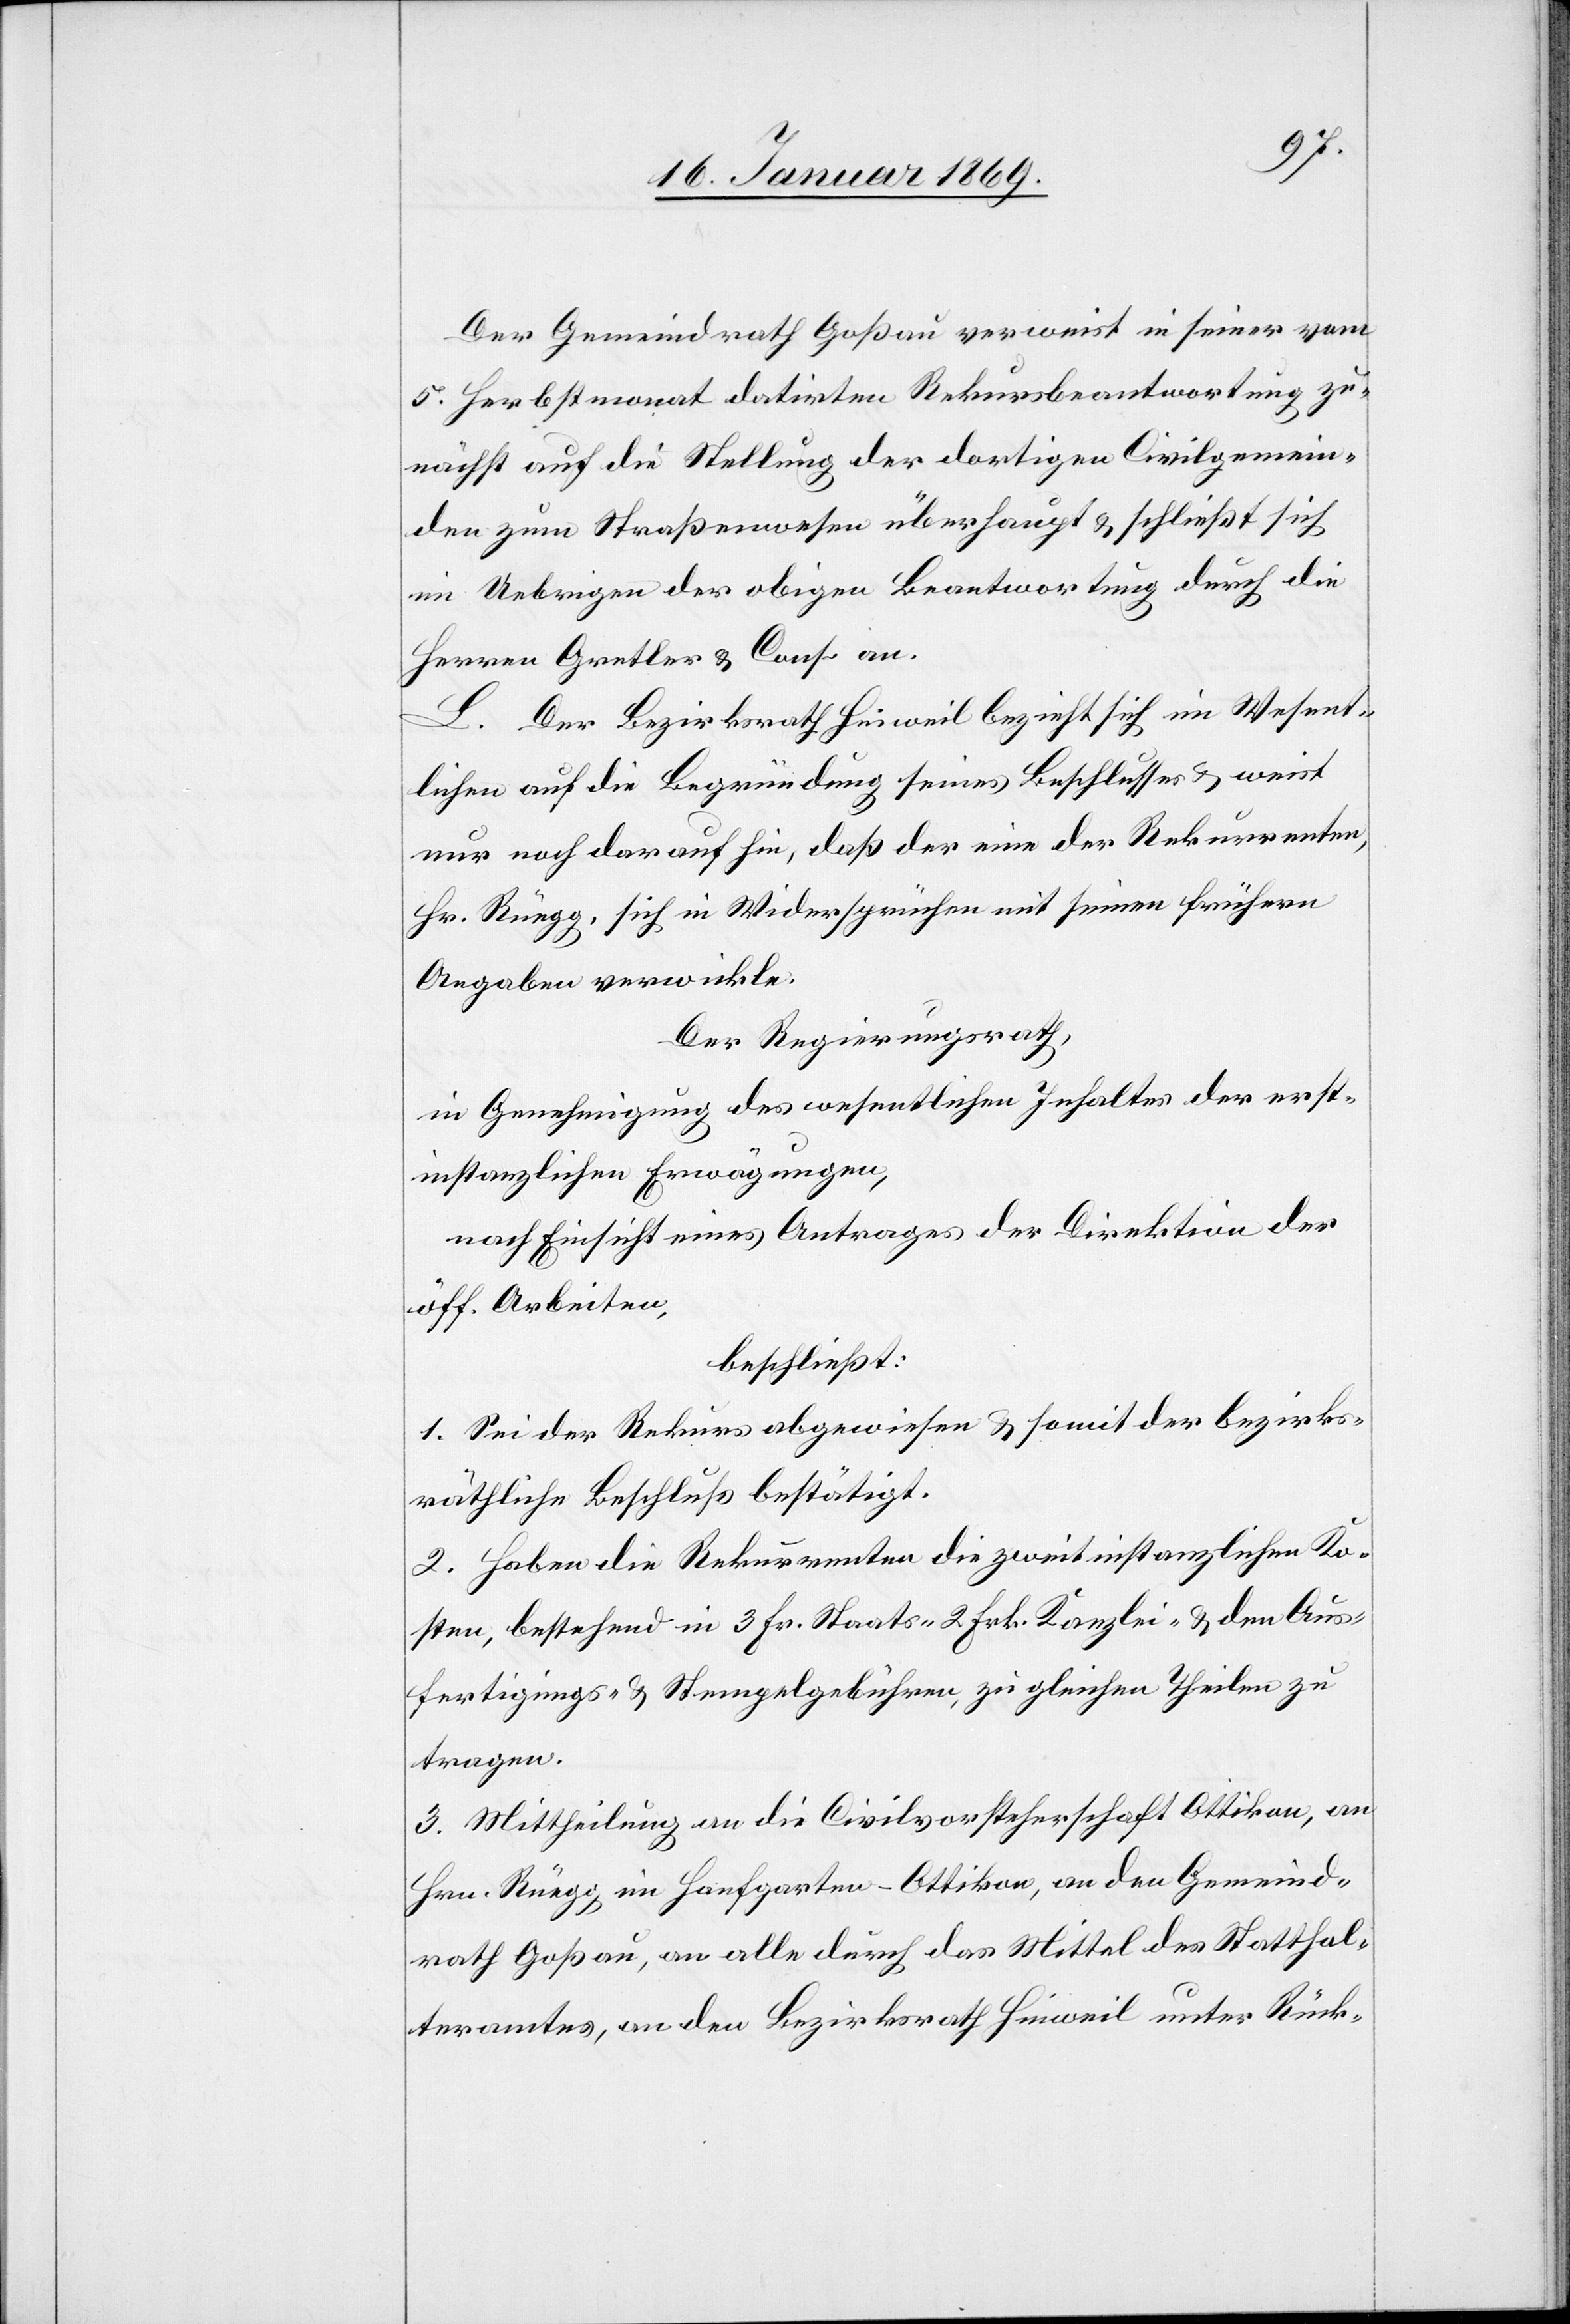
Der Gemeindrath Goßau verweist in seiner vom
5. Herbstmonat datirten Rekursbeantwortung zu¬
nächst auch die Stellung der dortigen Civilgemein¬
den zum Straßenwesen überhaupt u. schließt sich
im Uebrigen der obigen Beantwortung durch die
Herren Gretler u. Cons. an.
L. Der Bezirksrath Hinweil bezieht sich im Wesent¬
lichen auf die Begründung seines Beschlusses u. weist
nur noch darauf hin, daß der eine der Rekurrenten,
Hr. Rüegg, sich in Widersprüchen mit seinen frühern
Angaben verwickle.
Der Regierungsrath,
in Genehmigung des wesentlichen Inhaltes der erst¬
instanzlichen Erwägungen,
nach Einsicht eines Antrages der Direktion der
öff. Arbeiten,
beschließt:
1. Sei der Rekurs abgewiesen u. somit der bezirks¬
räthliche Beschluß bestätigt.
2. Haben die Rekurrenten die zweitinstanzlichen Ko¬
sten, bestehend in 3 Fr. Staats- 2 Frk. Kanzlei- u. den Aus¬
fertigungs- u. Stempelgebühren, zu gleichen Theilen zu
tragen.
3. Mittheilung an die Civilvorsteherschaft Ottikon, an
Hrn. Rüegg, im Hanfgarten - Ottikon, an den Gemeind¬
rath Goßau, an alle durch das Mittel des Statthal¬
teramtes, an den Bezirksrath Hinweil unter Rück-